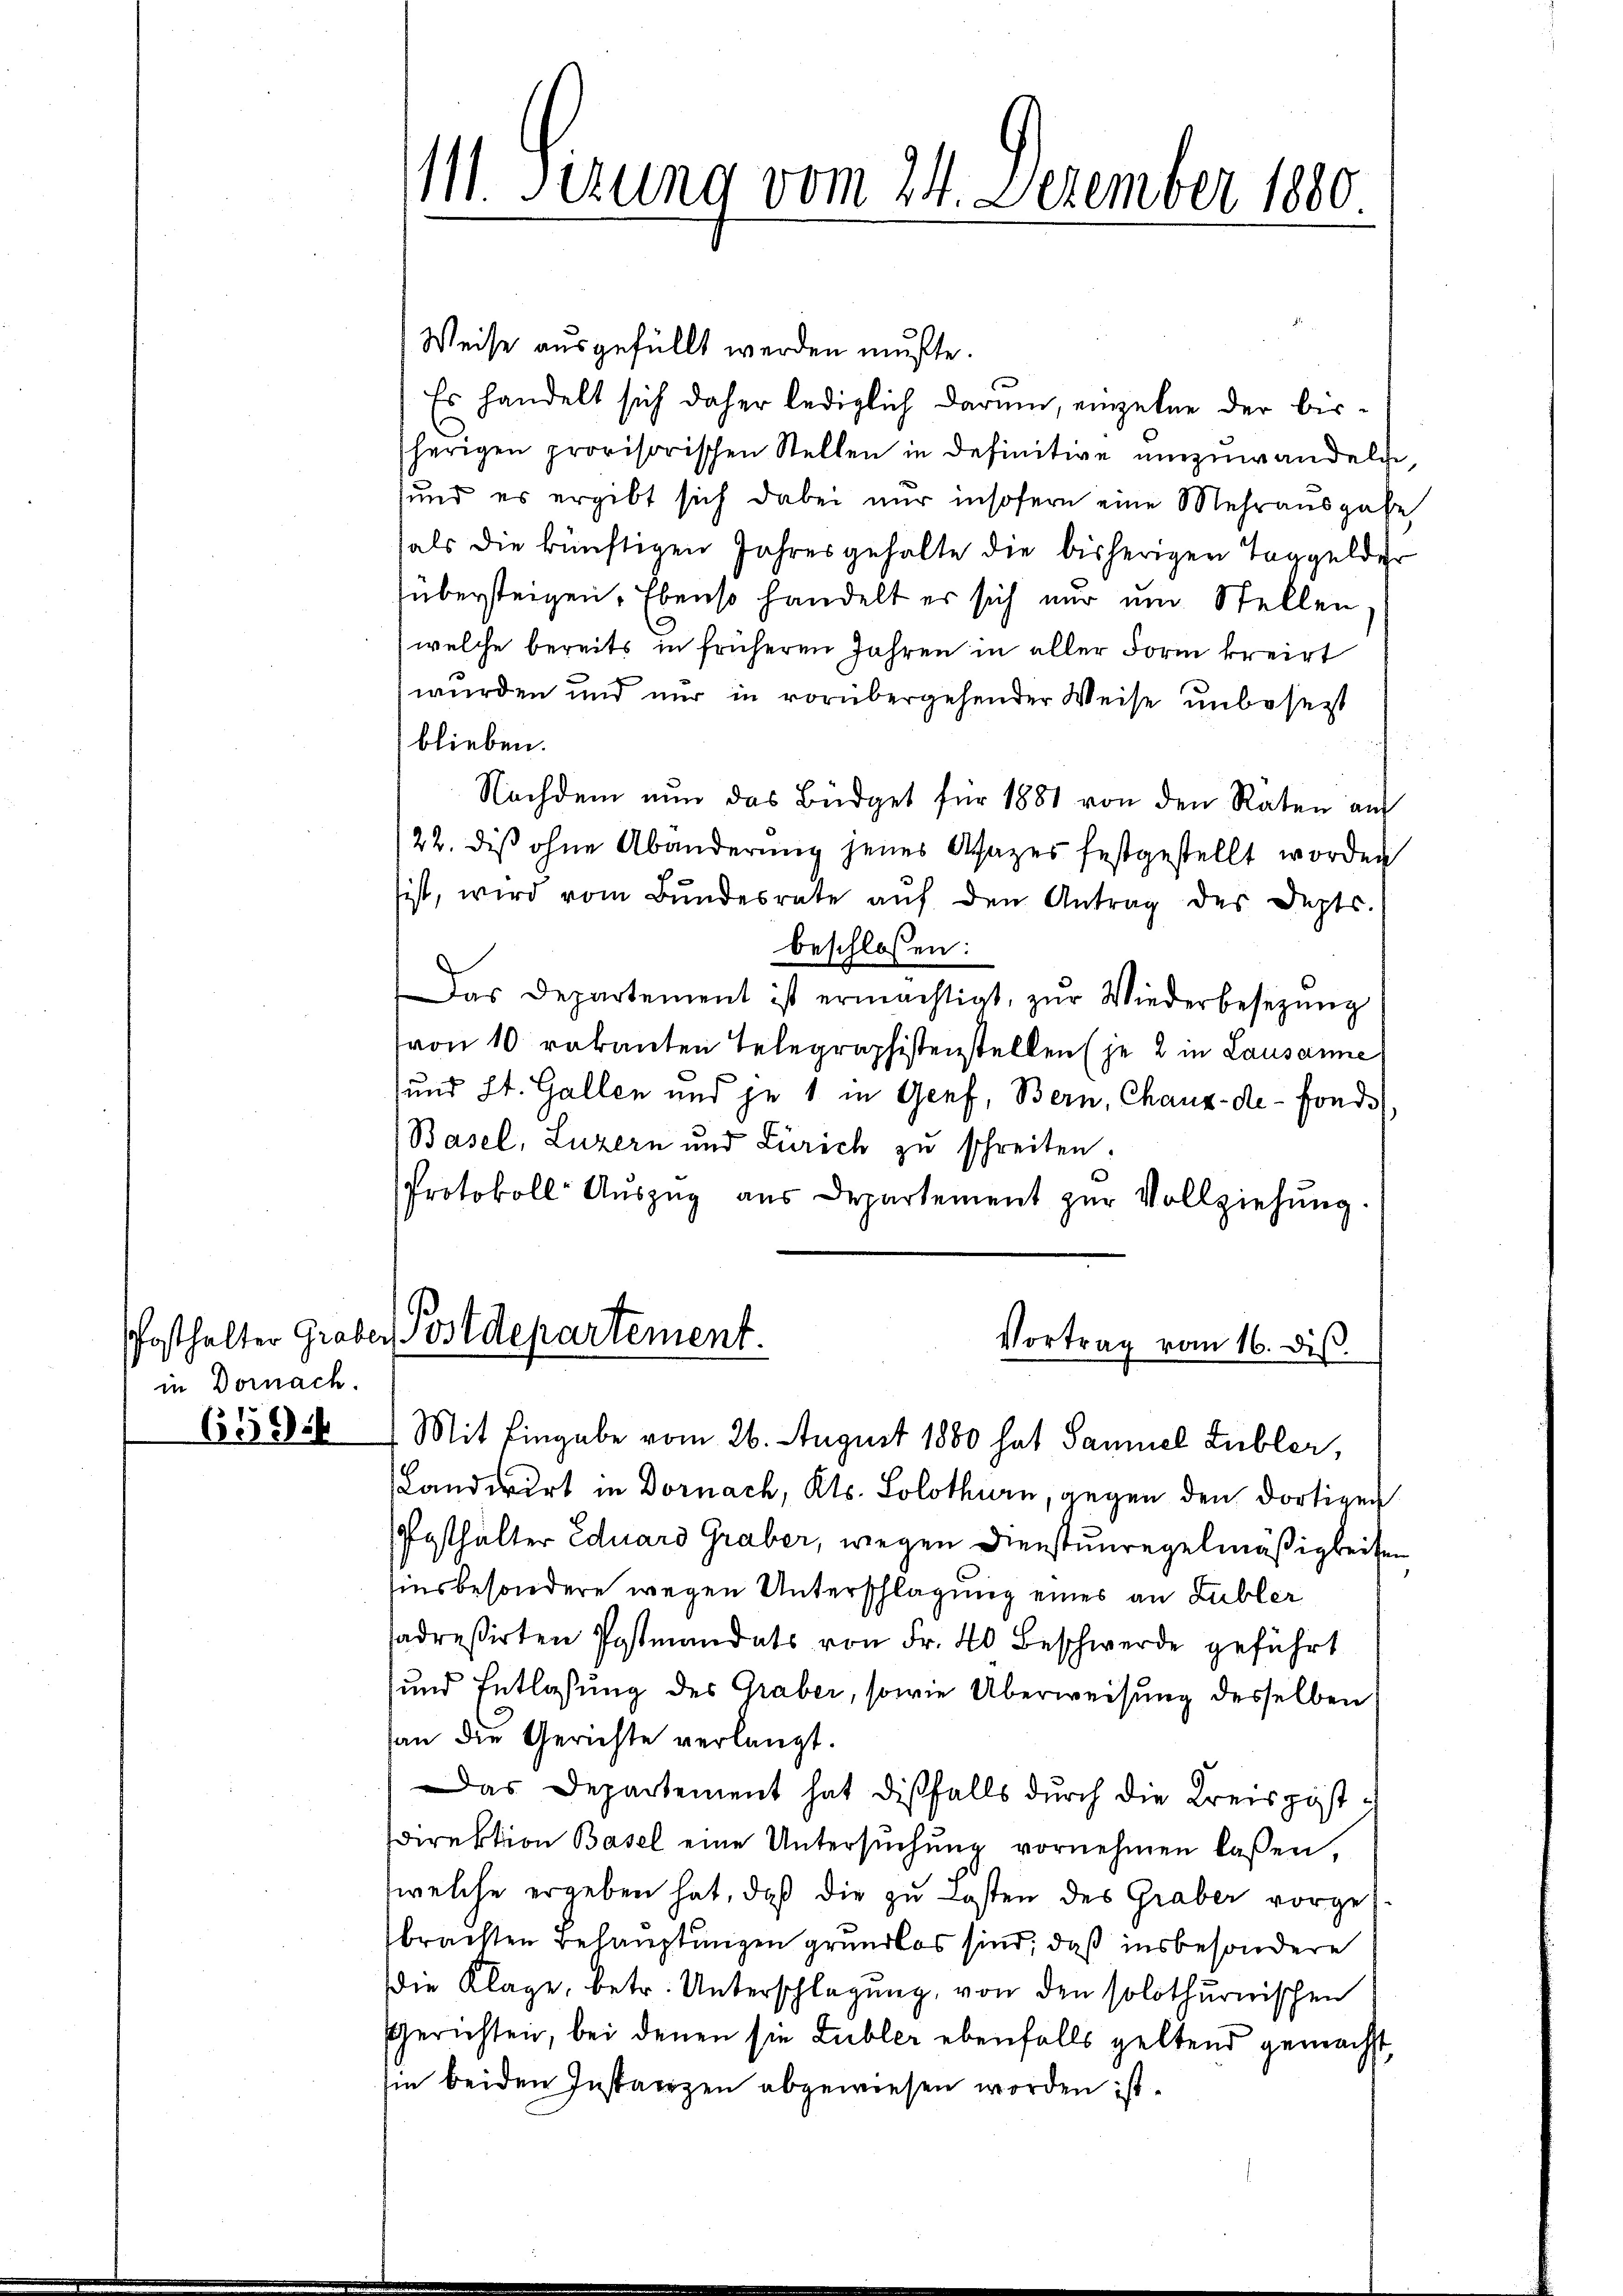
in Dornach.
6591

111. Sizung vom 24. Dezember 1880

Weise ausgefüllt werden mußte.
Es handelt sich daher lediglich darum, einzelne der bessherigen provisorischen Stellen in definitive umzuwandeln,
und es ergibt sich dabei nur insofern eine Mehrausgabe
als die künftigen Jahresgehalte die bisherigen Taggelder
übersteigen. Ebenso handelt er sich nur um Stellen
welche bereits in früheren Jahren in aller Form kreist
wurden und nur in vorübergehender Weise unbesezt
blieben.
Nachdem nun das Büdget für 1881 von den Raten an
22. diß ohne Abänderung jenes Asazes festgestellt worden
ist, wird vom Bŭndesrate aŭf den Antrag des Depts.
beschlossen:
Das Departement ist ermächtigt, zŭr Wiederbesetzŭng
von 10 rakanten Telegraphistenstellen (je 2 in Lausanne
und St. Gallen und je 1 in Genf, Bern, Chaux-de-Fonde
Basel, Luzern und Zürich zu schreiten.
Protokoll Aŭszŭg aŭs Departement zŭr Vollziehŭng.

Pfosthalter Graber Postdepartement.
Vortrag vom 16. dis.
Mit Eingabe vom 26. August 1880 hat Samuel Lubler,

Landwirt in Dornach, Kts. Solothurn, gegen den dortigen
Pesthalter Eduard Graber, wegen Dienstunregelmäßigkeiten
insbesondere wegen Unterschlagung eines an Lubler
sadreßirten Postmandats von Fr. 40 Beschwerde geführt
und Entlassung des Graber, sowie Überweisung desselben
an die Gerichte verlangt.
Das Departement hat dißfalls durch die Kreispostsdirektion Basel eine Untersŭchŭng vornehmen lassen,
welche ergeben hat, daß die zu Kosten des Graber vorgebrachten Behauptungen grundlos sind, daß insbesondere
die Klage, betr. Unterschlagung, von den solothurnischen
Gerichten, bei denen sie Lubler ebenfalls geltend gemacht,
sie beiden Instaerzen abgewiesen worden ist.